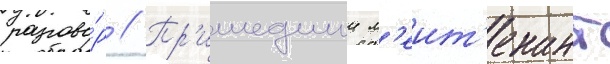
разгово́р // Пр'ишедшии л'еит'енант